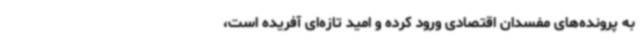
به پرونده‌های مفسدان اقتصادی ورود کرده و امید تازه‌ای آفریده است،